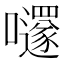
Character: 嚺